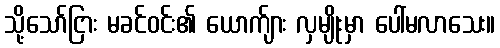
သို့သော်ငြား မခင်ဝင်း၏ ယောက်ျား လှမျိုးမှာ ပေါ်မလာသေး။